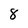
Character: 8